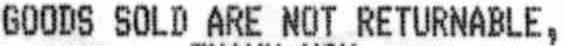
GOODS SOLD ARE NOT RETURNABLE,